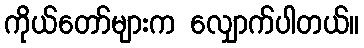
ကိုယ်တော်များက လျှောက်ပါတယ်။